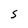
Character: S